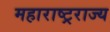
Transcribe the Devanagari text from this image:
महाराष्ट्रराज्य